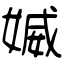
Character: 媙